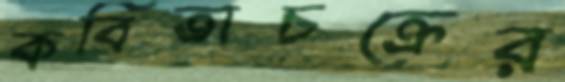
কবিতাচক্রের